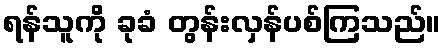
ရန်သူကို ခုခံ တွန်းလှန်ပစ်ကြသည်။